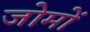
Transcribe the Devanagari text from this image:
जोमों